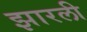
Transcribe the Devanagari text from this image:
झारली